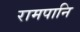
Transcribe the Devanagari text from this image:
रामपानि